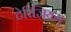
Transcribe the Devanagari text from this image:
टेरिजियम्